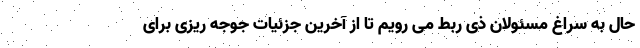
حال به سراغ مسئولان ذی ربط می رویم تا از آخرین جزئیات جوجه ریزی برای